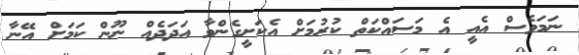
ނަމަވެސް އެއީ އެ މަސައްކަތް ކުރުމަށް އެކަށީގެންވާ އަދަދެއް ނޫން ކަމަށް އޭނާ